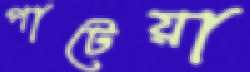
পাটেয়া